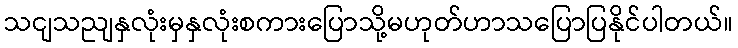
သငျသညျနှလုံးမှနှလုံးစကားပြောသို့မဟုတ်ဟာသပြောပြနိုင်ပါတယ်။